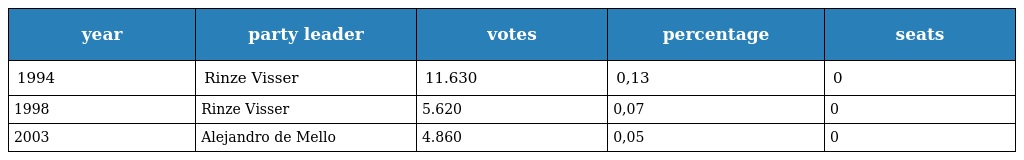
| year | party leader | votes | percentage | seats |
 | --- | --- | --- | --- | --- |
 | 1994 | Rinze Visser | 11.630 | 0,13 | 0 |
 | 1998 | Rinze Visser | 5.620 | 0,07 | 0 |
 | 2003 | Alejandro de Mello | 4.860 | 0,05 | 0 |